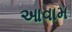
આવામ